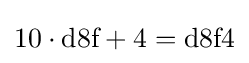
10\cdot {\text{d8f}}+4={\text{d8f4}}